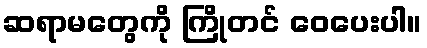
ဆရာမတွေကို ကြိုတင် ဝေပေးပါ။